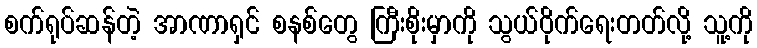
စက်ရုပ်ဆန်တဲ့ အာဏာရှင် စနစ်တွေ ကြီးစိုးမှာကို သွယ်ဝိုက်ရေးတတ်လို့ သူ့ကို